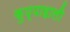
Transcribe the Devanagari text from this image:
कुप्पाहाली